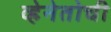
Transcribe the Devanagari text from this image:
व्हेनेतोची